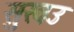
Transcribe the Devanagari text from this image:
सुखउ